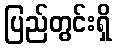
ပြည်တွင်းရှိ